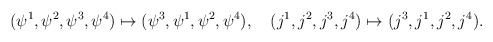
\begin{align*}(\psi^1,\psi^2,\psi^3,\psi^4) \mapsto (\psi^3,\psi^1,\psi^2,\psi^4),\quad(j^1,j^2,j^3,j^4) \mapsto (j^3,j^1,j^2,j^4) .\end{align*}